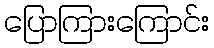
ပြောကြားကြောင်း